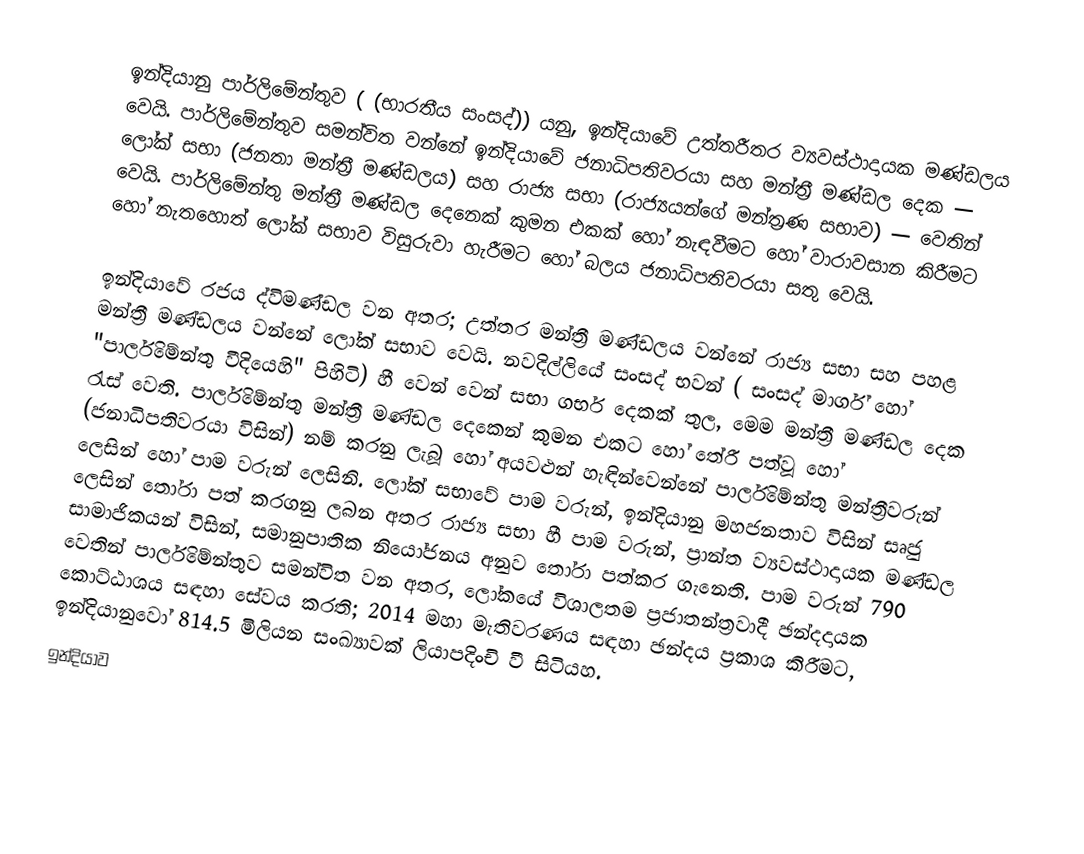
ඉන්දියානු පාර්ලිමේන්තුව ( (භාරතීය සංසද්)) යනු, ඉන්දියාවේ උත්තරීතර ව්‍යවස්ථාදායක මණ්ඩලය වෙයි. පාර්ලිමේන්තුව සමන්විත වන්නේ ඉන්දියාවේ ජනාධිපතිවරයා සහ මන්ත්‍රී මණ්ඩල දෙක — ලෝක් සභා (ජනතා මන්ත්‍රී මණ්ඩලය) සහ රාජ්‍ය සභා (රාජ්‍යයන්ගේ මන්ත්‍රණ සභාව) — වෙතින් වෙයි. පාර්ලිමේන්තු මන්ත්‍රී මණ්ඩල දෙනෙක් කුමන එකක් හෝ නැඳවීමට හෝ වාරාවසාන කිරීමට හෝ නැතහොත් ලෝක් සභාව විසුරුවා හැරීමට හෝ බලය ජනාධිපතිවරයා සතු වෙයි.

ඉන්දියාවේ රජය ද්විමණ්ඩල වන අතර;  උත්තර මන්ත්‍රී මණ්ඩලය වන්නේ රාජ්‍ය සභා සහ පහළ මන්ත්‍රී මණ්ඩලය වන්නේ ලෝක් සභාව වෙයි. නවදිල්ලියේ සංසද් භවන් ( සංසද් මාර්ග් හෝ "පාර්ලිමේන්තු වීදියෙහි" පිහිටි) හී   වෙන් වෙන්  සභා ගර්භ  දෙකක් තුල, මෙම මන්ත්‍රී මණ්ඩල දෙක රැස් වෙති. පාර්ලිමේන්තු මන්ත්‍රී මණ්ඩල දෙකෙන් කුමන එකට හෝ තේරී පත්වූ හෝ  (ජනාධිපතිවරයා විසින්) නම් කරනු ලැබූ හෝ අයවළුන් හැඳින්වෙන්නේ පාර්ලිමේන්තු මන්ත්‍රීවරුන් ලෙසින් හෝ පාම වරුන් ලෙසිනි. ලෝක් සභාවේ පාම වරුන්, ඉන්දියානු මහජනතාව විසින්  සෘජු ලෙසින් තෝරා පත් කරගනු ලබන අතර රාජ්‍ය සභා හී පාම වරුන්,  ප්‍රාන්ත ව්‍යවස්ථාදායක මණ්ඩල සාමාජිකයන් විසින්,  සමානුපාතික නියෝජනය අනුව තෝරා පත්කර ගැනෙති. පාම වරුන් 790 වෙතින් පාර්ලිමේන්තුව සමන්විත වන අතර, ලෝකයේ විශාලතම ප්‍රජාතන්ත්‍රවාදී ඡන්දදායක කොට්ඨාශය සඳහා සේවය කරති;  2014 මහා මැතිවරණය සඳහා ඡන්දය ප්‍රකාශ කිරීමට, ඉන්දියානුවෝ 814.5 මිලියන සංඛ්‍යාවක් ලියාපදිංචි වී සිටියහ.
ඉන්දියාව